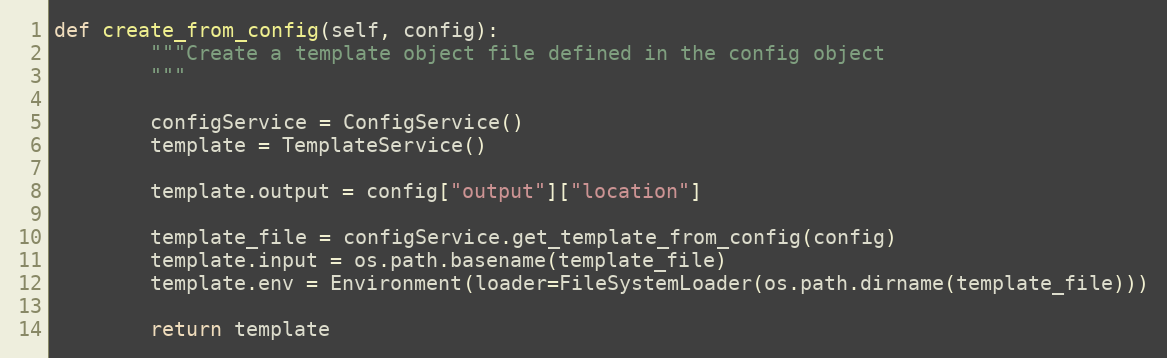
Language: Python
def create_from_config(self, config):
        """Create a template object file defined in the config object
        """

        configService = ConfigService()
        template = TemplateService()

        template.output = config["output"]["location"]

        template_file = configService.get_template_from_config(config)
        template.input = os.path.basename(template_file)
        template.env = Environment(loader=FileSystemLoader(os.path.dirname(template_file)))

        return template